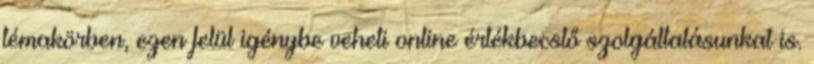
témakörben, ezen felül igénybe veheti online értékbecslő szolgáltatásunkat is.